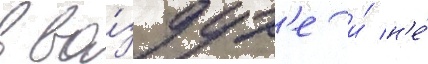
в во́здух'е и́ н'е́